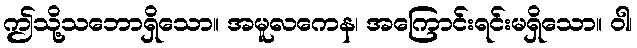
ဤသို့သဘောရှိသော။ အမူလကေန၊ အကြောင်းရင်းမရှိသော။ ဝါ၊